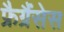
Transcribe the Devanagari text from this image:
फ्रैग्रैंसेस